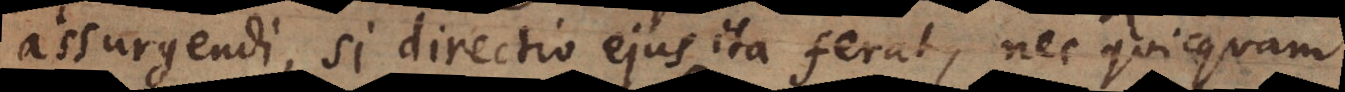
assurgendi, si directio ejus ita ferat, nec quicquam